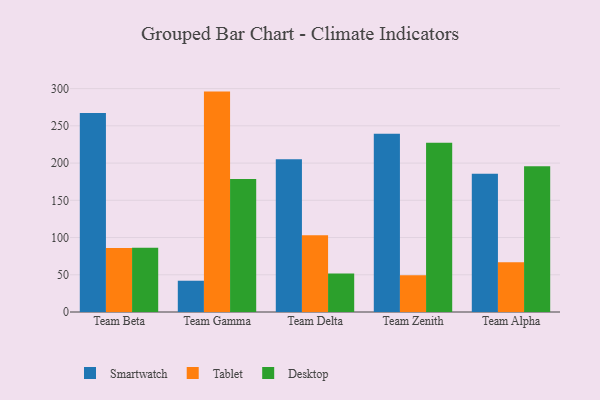
{"axis": {"x": "Team", "y": "Humidity (%)"}, "legend": ["Desktop", "Smartwatch", "Tablet"], "data": [{"x": "Team Beta", "y": 267.1, "type": "Smartwatch"}, {"x": "Team Beta", "y": 85.9, "type": "Tablet"}, {"x": "Team Beta", "y": 86.2, "type": "Desktop"}, {"x": "Team Gamma", "y": 42.0, "type": "Smartwatch"}, {"x": "Team Gamma", "y": 296.0, "type": "Tablet"}, {"x": "Team Gamma", "y": 178.5, "type": "Desktop"}, {"x": "Team Delta", "y": 205.1, "type": "Smartwatch"}, {"x": "Team Delta", "y": 103.2, "type": "Tablet"}, {"x": "Team Delta", "y": 51.6, "type": "Desktop"}, {"x": "Team Zenith", "y": 239.4, "type": "Smartwatch"}, {"x": "Team Zenith", "y": 49.3, "type": "Tablet"}, {"x": "Team Zenith", "y": 227.2, "type": "Desktop"}, {"x": "Team Alpha", "y": 185.7, "type": "Smartwatch"}, {"x": "Team Alpha", "y": 66.8, "type": "Tablet"}, {"x": "Team Alpha", "y": 195.8, "type": "Desktop"}]}